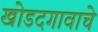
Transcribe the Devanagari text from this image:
खोडदगावाचे